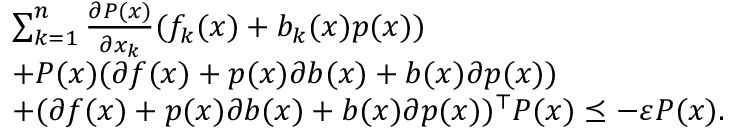
\begin{array} { r l } & { \sum _ { k = 1 } ^ { n } \frac { \partial P ( x ) } { \partial x _ { k } } ( f _ { k } ( x ) + b _ { k } ( x ) p ( x ) ) } \\ & { + P ( x ) ( \partial f ( x ) + p ( x ) \partial b ( x ) + b ( x ) \partial p ( x ) ) } \\ & { + ( \partial f ( x ) + p ( x ) \partial b ( x ) + b ( x ) \partial p ( x ) ) ^ { \top } P ( x ) \preceq - \varepsilon P ( x ) . } \end{array}